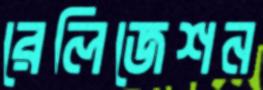
রেলিজেশন